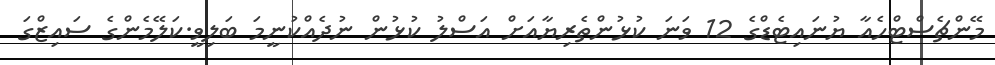
މޭންޗެސްޓްހެއާ ޔުނައިޓެޑްގެ 12 ވަނަ ކުޅުންތެރިޔާއަށް އަސްލު ކުޅުން ނުދެއްކުނީމަ ބަލިވީ.ކަލޭމެންގެ ސައިޒްގަ